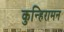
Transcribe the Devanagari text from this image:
कुन्हिरामन